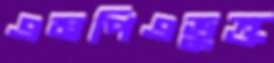
এমপিএভুক্ত